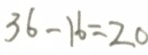
3 6 - 1 6 = 2 0